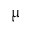
\upmu